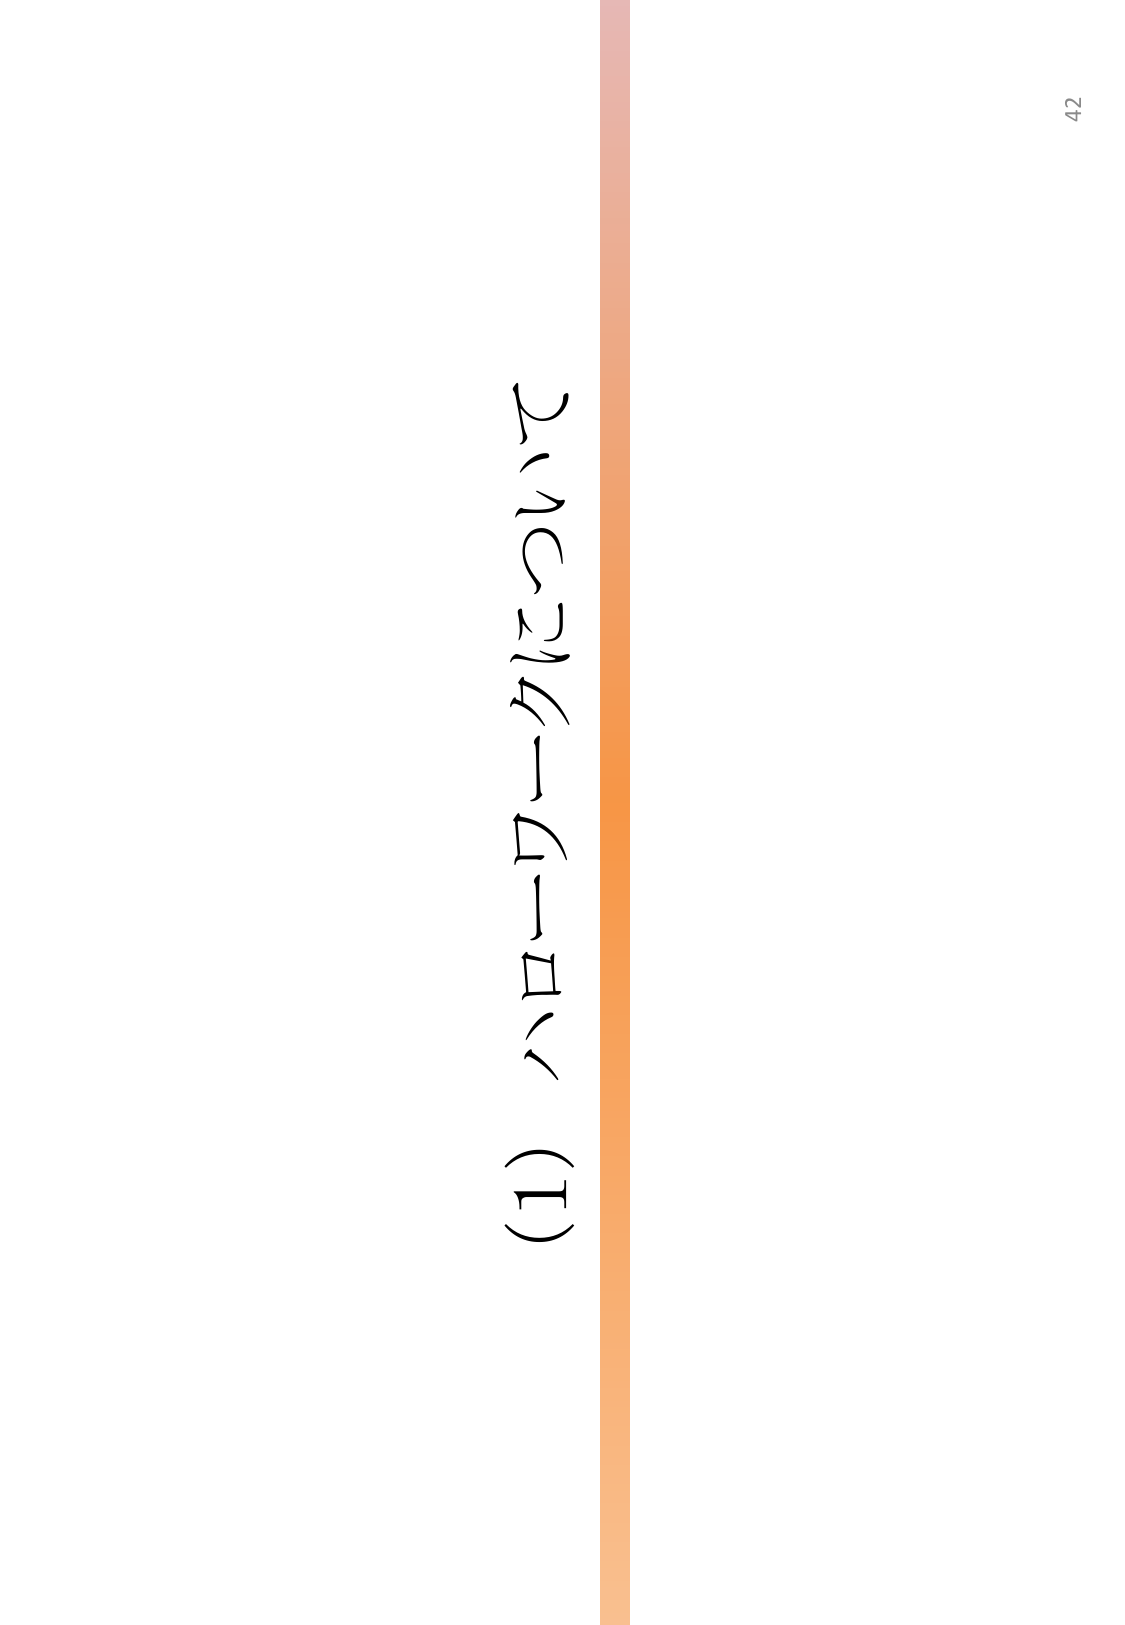
(1) ハローワークについて
42